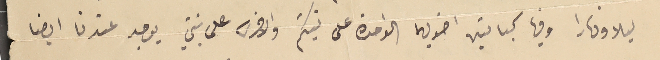
ليلا ونهارا وفيها كباتين اضويهما الواحدة على نيتكم والاخرى على نيتي يوجد عندنا ايضا